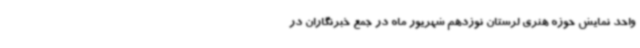
واحد نمایش حوزه هنری لرستان نوزدهم شهریور ماه در جمع خبرنگاران در